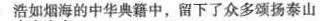
浩如烟海的中华典籍中，留下了众多颂扬泰山